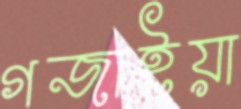
গজাইয়া